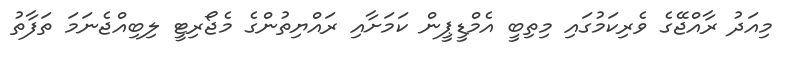
މިއަދު ރާއްޖޭގެ ވެރިކަމުގައި މިތިބީ އެމްޑީޕީން ކަމަށާއި ރައްޔިތުންގެ މެޖޯރިޓީ ލިބިއްޖެނަމަ ތަފާތު